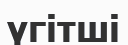
үгітші